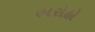
ભરોહો